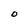
Character: O